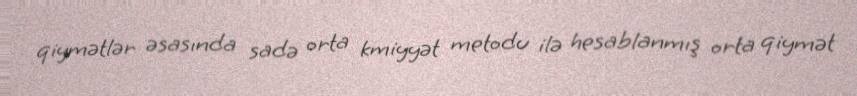
qiymətlər əsasında sadə orta kmiyyət metodu ilə hesablanmış orta qiymət